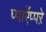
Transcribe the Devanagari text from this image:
प्पाऍप्पऱे